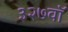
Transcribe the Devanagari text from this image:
३२७वॉ